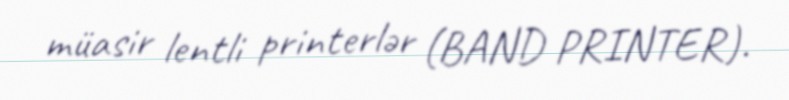
müasir lentli printerlər (BAND PRINTER).